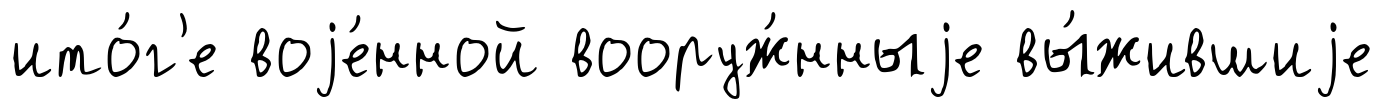
ито́г'е воjе́нной вооруж́нныjе вы́жившиjе